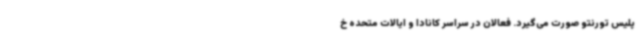
پلیس تورنتو صورت می‌گیرد. فعالان در سراسر کانادا و ایالات متحده خ